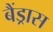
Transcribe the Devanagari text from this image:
बैंड्रास